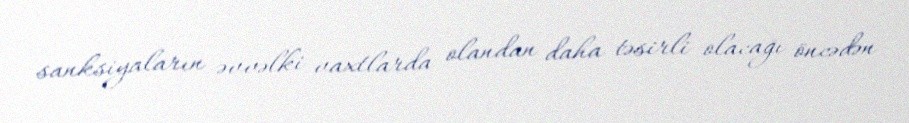
sanksiyaların əvvəlki vaxtlarda olandan daha təsirli olacağı öncədən